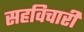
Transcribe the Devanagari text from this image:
सहविचारी